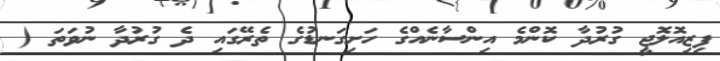
ފިޒިއޮލޮޖީ ގުރުދާ ކޮންމެ އިންސާނެއްގެ ހަށިގަނޑުގެ ތެރޭގައި ދެ ގުރުދާ ނުވަތަ (